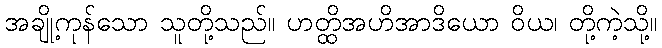
အချို့ကုန်သော သူတို့သည်။ ဟတ္ထိအဟိအာဒိယော ဝိယ၊ တို့ကဲ့သို့။